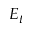
E _ { t }